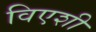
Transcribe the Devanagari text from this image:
विएशी